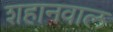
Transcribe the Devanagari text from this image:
शहानवाल